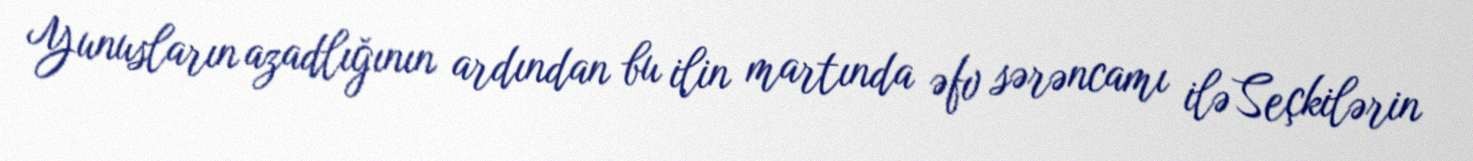
Yunusların azadlığının ardından bu ilin martında əfv sərəncamı ilə Seçkilərin